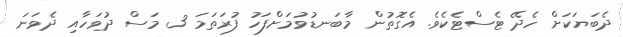
ދެބަޔަކަށް ހެދޭ ޓެސްޓެކެވެ. އެގޮތުން މާބަނޑުވުމަށްފަހު ފުރަތަމަ 3 މަސް ދުވަހާއި ދެވަނަ